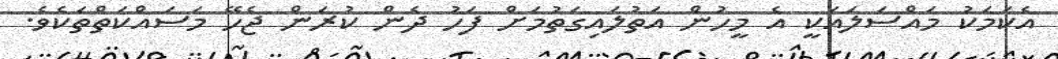
އެކަމަކު މައްސަލައަކީ އެ މީހުން އަތުލައިގަތުމަަށް ފަހު ދެން ކުރަން ޖެހޭ މަސައްކަތްތަކެެވެ.